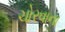
ચોરવાના